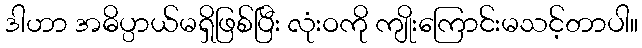
ဒါဟာ အဓိပ္ပာယ်မရှိဖြစ်ပြီး လုံးဝကို ကျိုးကြောင်းမသင့်တာပါ။